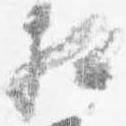
相